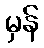
မှန်